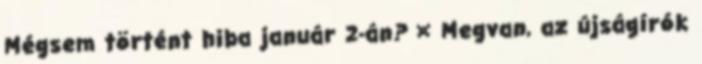
Mégsem történt hiba január 2-án? ¤ Megvan, az újságírók